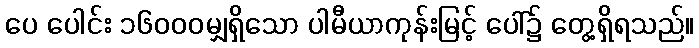
ပေ ပေါင်း ၁၆၀၀၀မျှရှိသော ပါမီယာကုန်းမြင့် ပေါ်၌ တွေ့ရှိရသည်။